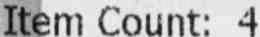
ITEM COUNT: 4